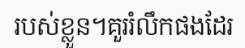
របស់ខ្លួន។គួររំលឹកផងដែរ